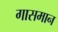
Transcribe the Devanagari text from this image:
गासमान